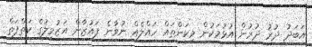
އަބަދު ދުރު ދުރުން އުޅުމަކުން މިކަންތައް ހައްލެއް ނުވާނެ ފައުޒާން އަޒުމީލުގެ ކަތްފަތް